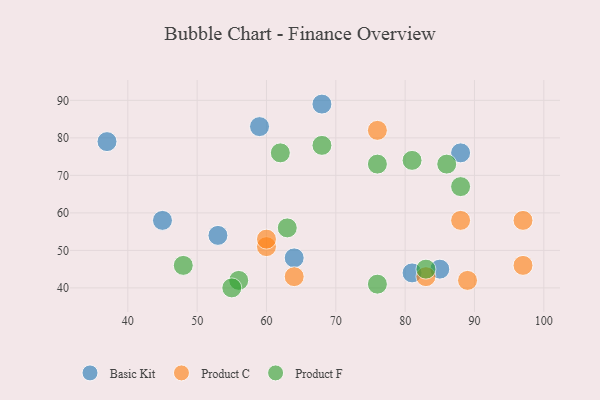
{"axis": {"x": "GDP", "y": "Life Expectancy"}, "legend": ["Basic Kit", "Product C", "Product F"], "data": [{"x": "68", "y": 89, "type": "Basic Kit"}, {"x": "59", "y": 83, "type": "Basic Kit"}, {"x": "85", "y": 45, "type": "Basic Kit"}, {"x": "53", "y": 54, "type": "Basic Kit"}, {"x": "45", "y": 58, "type": "Basic Kit"}, {"x": "37", "y": 79, "type": "Basic Kit"}, {"x": "88", "y": 76, "type": "Basic Kit"}, {"x": "64", "y": 48, "type": "Basic Kit"}, {"x": "81", "y": 44, "type": "Basic Kit"}, {"x": "83", "y": 43, "type": "Product C"}, {"x": "64", "y": 43, "type": "Product C"}, {"x": "89", "y": 42, "type": "Product C"}, {"x": "88", "y": 58, "type": "Product C"}, {"x": "97", "y": 58, "type": "Product C"}, {"x": "60", "y": 51, "type": "Product C"}, {"x": "60", "y": 53, "type": "Product C"}, {"x": "97", "y": 46, "type": "Product C"}, {"x": "76", "y": 82, "type": "Product C"}, {"x": "81", "y": 74, "type": "Product F"}, {"x": "62", "y": 76, "type": "Product F"}, {"x": "83", "y": 45, "type": "Product F"}, {"x": "86", "y": 73, "type": "Product F"}, {"x": "48", "y": 46, "type": "Product F"}, {"x": "68", "y": 78, "type": "Product F"}, {"x": "63", "y": 56, "type": "Product F"}, {"x": "76", "y": 73, "type": "Product F"}, {"x": "88", "y": 67, "type": "Product F"}, {"x": "56", "y": 42, "type": "Product F"}, {"x": "76", "y": 41, "type": "Product F"}, {"x": "55", "y": 40, "type": "Product F"}]}